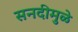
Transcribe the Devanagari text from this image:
सनदीमुळे